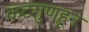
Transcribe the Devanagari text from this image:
कटगुणहून